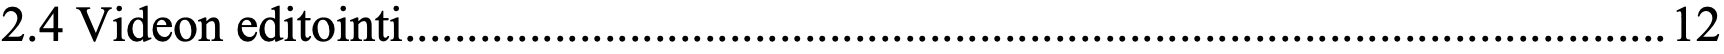
2.4 Videon editointi.....................................................................................................12